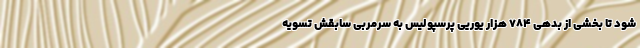
شود تا بخشی از بدهی ۷۸۴ هزار یوریی پرسپولیس به سرمربی سابقش تسویه